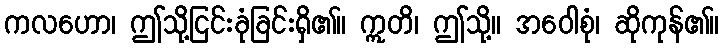
ကလဟော၊ ဤသို့ငြင်းခုံခြင်းရှိ၏။ ဣတိ၊ ဤသို့။ အဝေါစုံ၊ ဆိုကုန်၏။